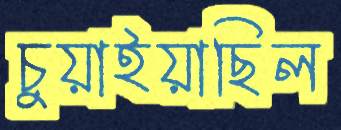
চুয়াইয়াছিল